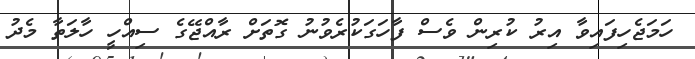
ހަމަޖެހިފައިވާ އިރު ކުރިން ވެސް ފާހަގަކުރެވުނު ގޮތަށް ރާއްޖޭގެ ސިއްހީ ހާލަތާ މެދު